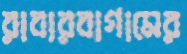
রাবারবাগামের